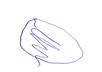
Signature authenticity: forged